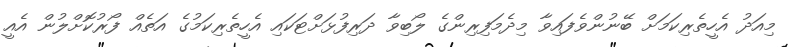
މިއަދު އެހީތެރިކަމަށް ބޭނުންވެފައިވާ މިދެމަފިރިންގެ ލޯބިވާ ދަރިފުޅަށްޓަކައި އެހީތެރިކަމުގެ އަތެއް ފޯރުކޮށްލުން އެއީ